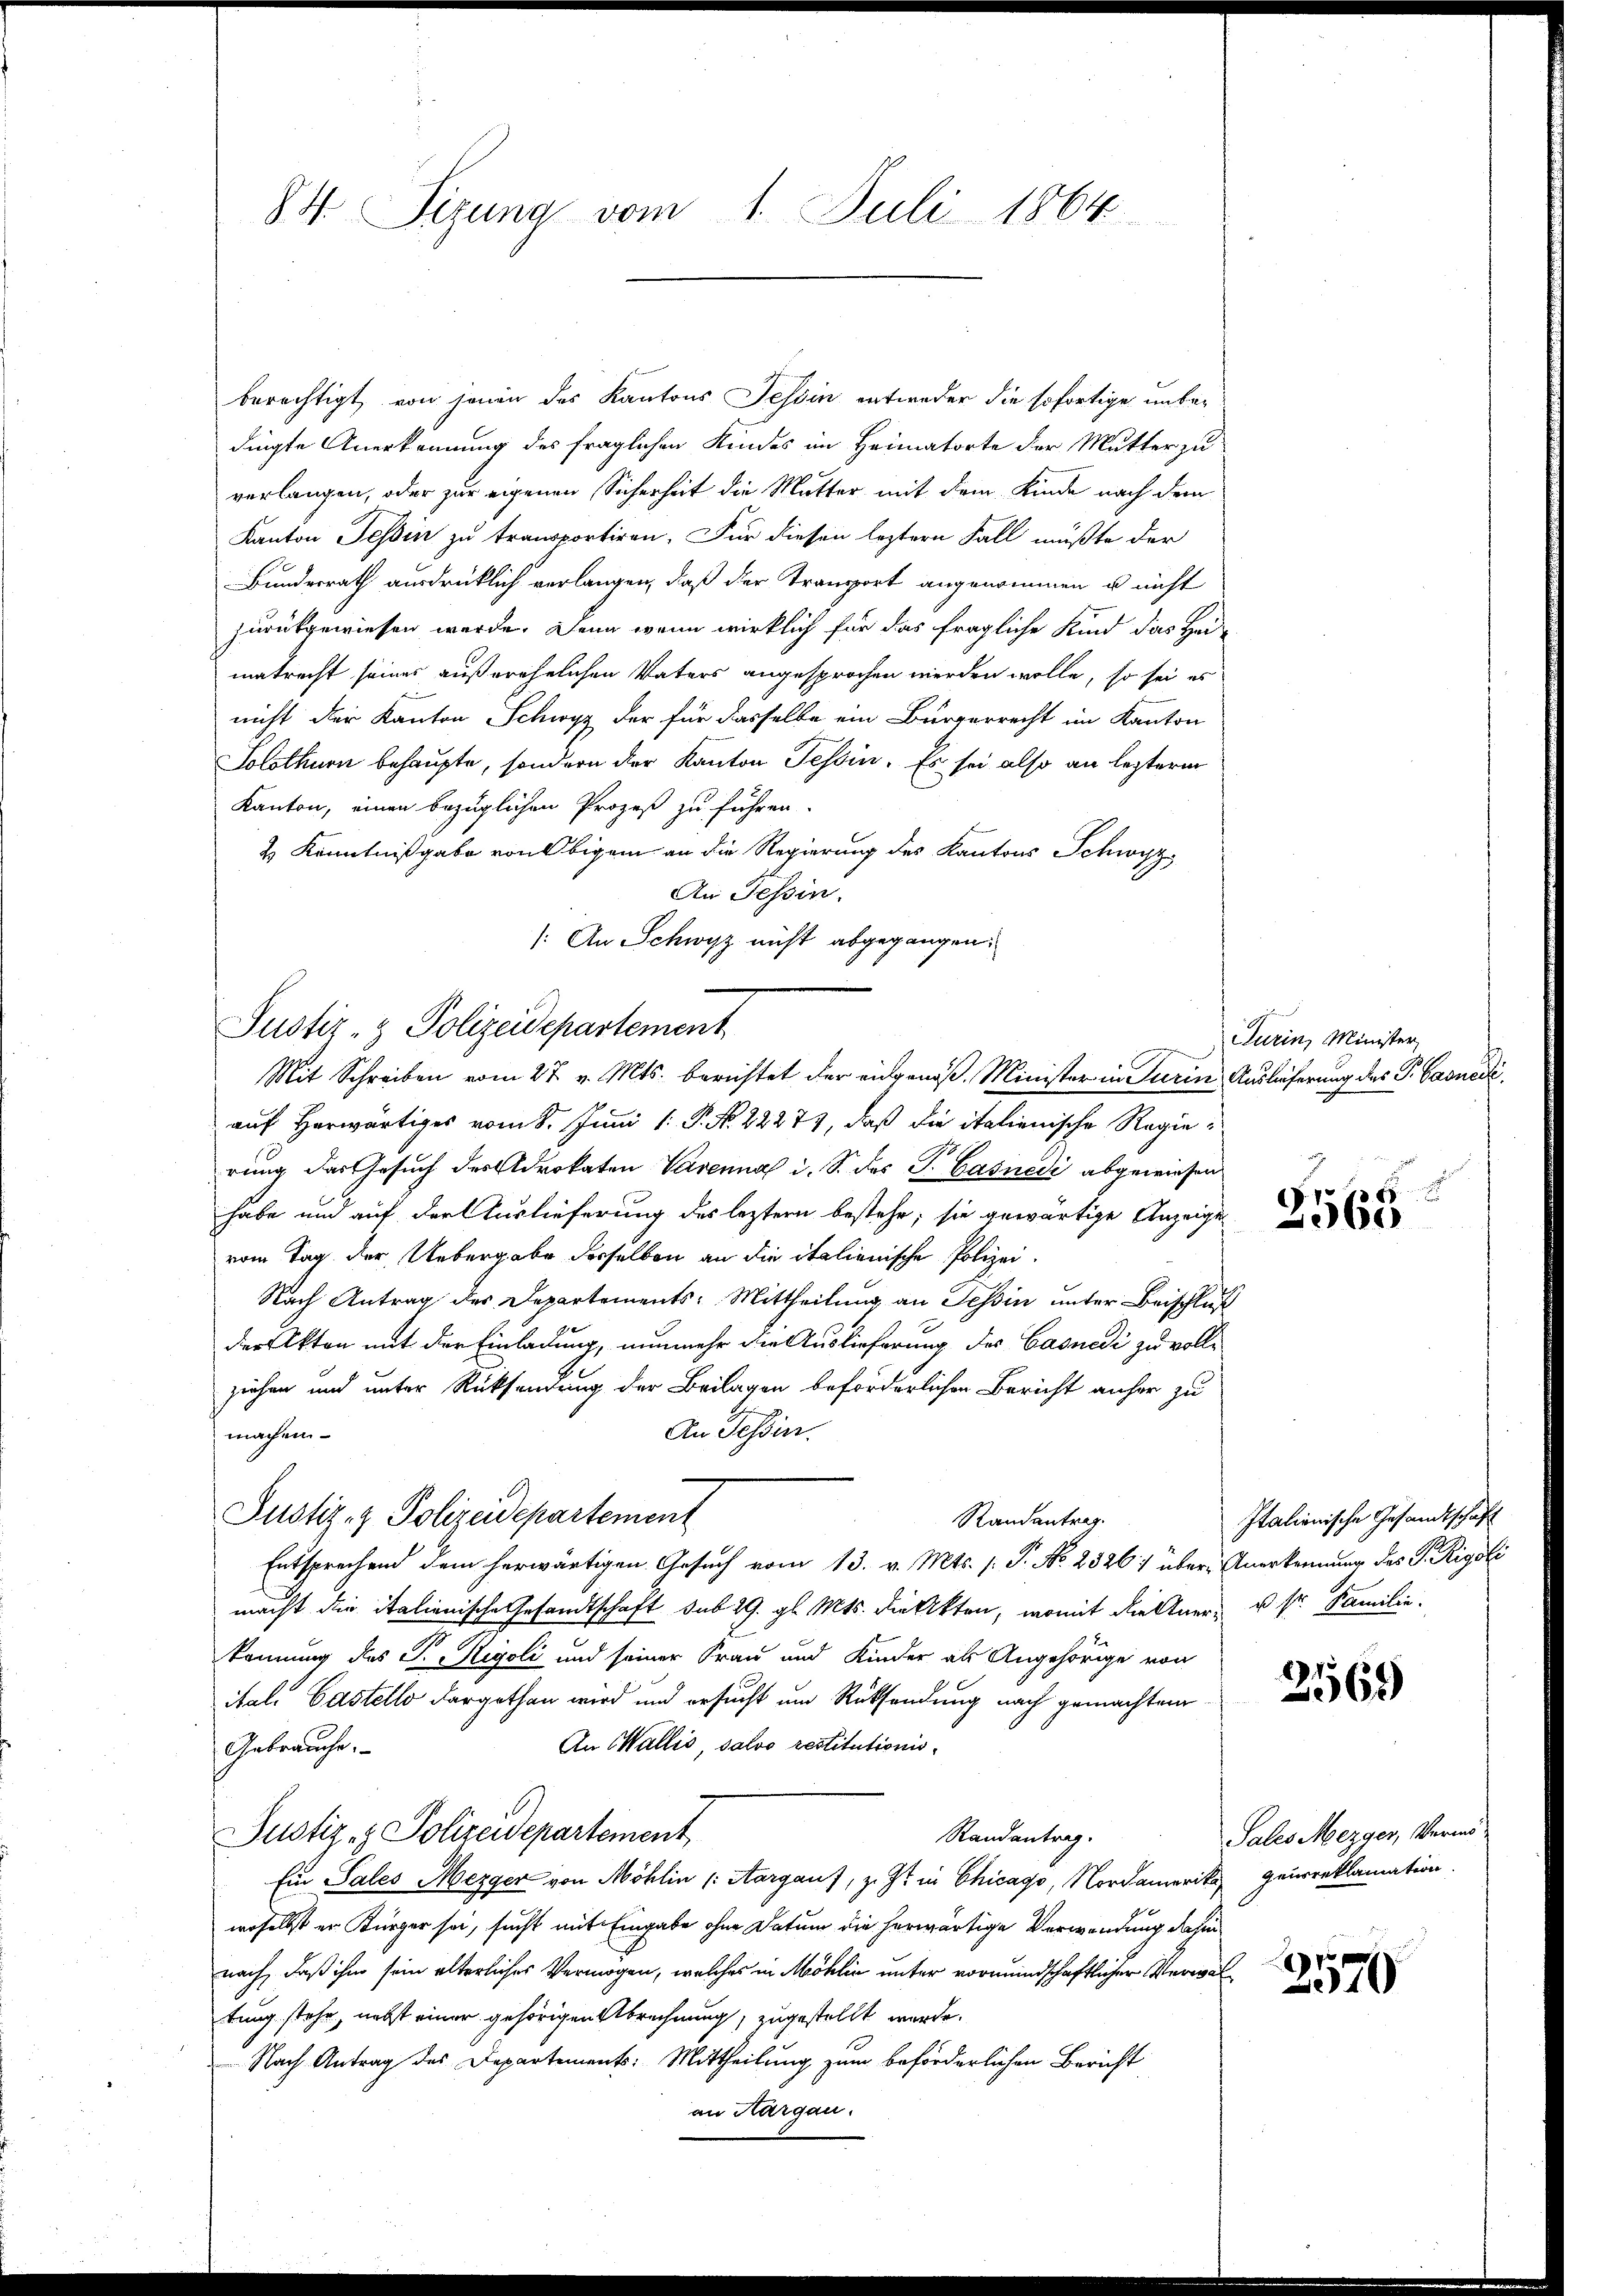
berechtigt, von jenen des Kantons Tessin entweder die sofortige unbedingte Anerkennung des fraglichen Kindes im Heimatorte der Mutter zu
verlangen, oder zur eigenen Sicherheit die Mutter mit dem Kinde nach dem
Kanton Tessin zu transportiren. Für diesen leztern Fall müßte der
Bundesrath ausdrüklich verlangen, daß der Transport angenommen u nicht
zurückgewiesen werde. Denn wenn wirklich für das fragliche Kind das Hei-
matrecht seines außerehelichen Vaters angesprochen werden wolle, so sei es
nicht der Kanton Schwyz der für dasselbe ein Bürgerrecht im Kanton
Solothurn behaupte, sondern der Kanton Tessin. Es sei also an lezterm
Kanton, einen bezüglichen Prozeß zu führen.
& Kenntnißgabe von Obigen an die Regierung des Kantons Schwyz
An Tessin.
/: An Schwyz nicht abgegangen.
auf herwärtiges vom 8. Juni 1: P. No. 22279, daß die italienische Regierung das Gesuch des Advokaten Vasenmal i. S. des P. Casnedi abgewiesen
habe und auf der Auslieferung des leztern bestehe; sie gewärtige Anzeige
vom Tag der Uebergabe derselben an die italienische Polizei.
Nach Antrag des Departements: Mittheilung an Tessin unter Beischluß
der Akten mit der Einladung, nunmehr die Auslieferung des Casnedi zu voll-
ziehen und unter Rücksendung der Beilagen beförderlichen Bericht anher zu
An Tessin.
machen
Justiz- & Polizeidepartement
Randantrag.
Entsprechend dem herwärtigen Gesuch vom 13. v. Mts. (T. No. 2326: über Anerkennung des P. Rigoli
macht die italienische Gesandtschaft sub 29. gl. Mts. die Akten, womit destner, u. sr. Familie.
kennung des P. Rigoli und seiner Frau und Kinder als Angehörige von
ital. Castello dargethan wird und ersucht um Rücksendung nach gemachten
An Wallis, salvo restitutionis
Gebrauche.
Justiz- & Polizeidepartement
Randantrag.
Ein Sales Mezger von Möhlin (Aargauf, z. Zt. in Chicago, Nordamerika geirreklamation
woselbst er Bürger sei, sucht mit Eingabe ohne Datum die herwärtige Verwendung dahin
nach, daß ihm sein alterliches Vermögen, welches in Möhlin unter vormundschaftlicher Verwaltung stehe, nebst einer gehörigen Abrechnung, zugestellt werde.
Nach Antrag des Departements-Mittheilung zum beförderlichen Bericht
an Hargau.

84. Sizung vom 1. Juli 1864

Justiz- & Polizeidepartement
Mit Schreiben vom 27. v. Mts. berichtet der eingenoß, Minister in Turin Auslieferung des P. Carneck

Turin, Minister,

2
85
2560

Italienische Gesandtschaft

2569)

Sales Mezger, Vermö¬

2579